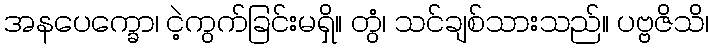
အနပေက္ခော၊ ငဲ့ကွက်ခြင်းမရှိ။ တွံ၊ သင်ချစ်သားသည်။ ပဗ္ဗဇိသိ၊